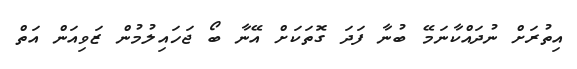
އިތުރަށް ނުދައްކާނަމޭ ބުނާ ފަދަ ގޮތަކަށް އޭނާ ބޯ ޖަހައިލުމުން ޒަވިއަން އަތް